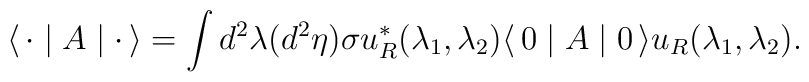
\langle \, {\bf \cdot} \mid A \mid  {\bf \cdot} \, \rangle =  \int d^2 \lambda (d^2\eta) \sigma u_R^\ast (\lambda_1, \lambda_2) \langle \, 0\mid A \mid 0\, \rangle u_R (\lambda_1, \lambda_2).